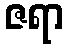
ဇရာ